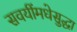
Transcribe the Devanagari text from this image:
सवयींमधेसुद्धा